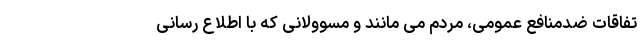
تفاقات ضدمنافع عمومی، مردم می مانند و مسوولانی که با اطلاع رسانی